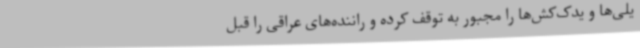
یلی‌ها و یدک‌کش‌ها را مجبور به توقف کرده و راننده‌های عراقی را قبل